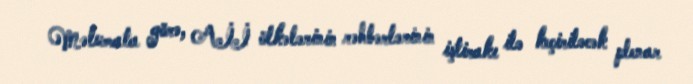
Məlumata görə, Aİİ ölkələrinin rəhbərlərinin iştirakı ilə keçiriləcək plenar